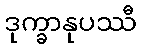
ဒုက္ခာနုပဿီ